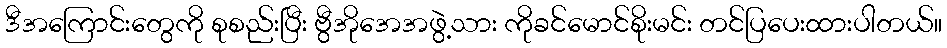
ဒီအကြောင်းတွေကို စုစည်းပြီး ဗွီအိုအေအဖွဲ့သား ကိုခင်မောင်စိုးမင်း တင်ပြပေးထားပါတယ်။